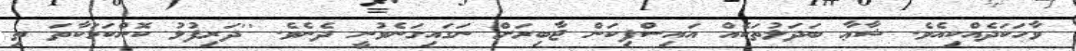
ވާހަކަދެއްކިއެވެ. ޝާޢާ ބަދަލުތަކެއް އައިސްފިކަން ޖާބިރަށް ނަގައިގަނެވުނީ ދެނެވެ. ''ދަރިފުޅު ކޮންކަމަކާތަ ތި